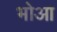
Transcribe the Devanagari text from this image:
भोआ